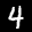
Label: 4